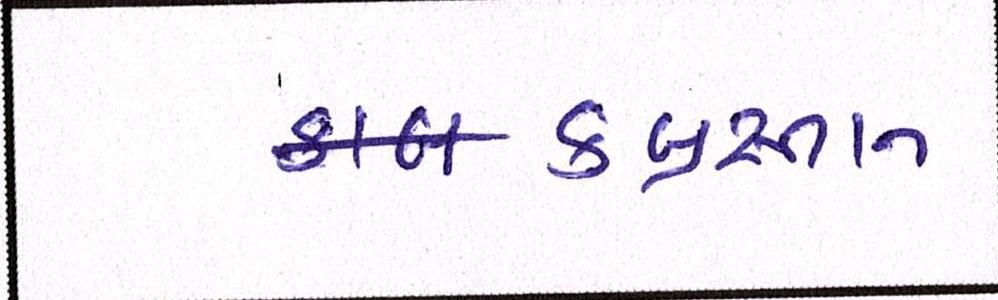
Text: કબ્રસ્તાન